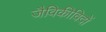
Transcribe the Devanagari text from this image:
जैविकीविदों